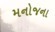
મનોજના